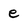
Character: e